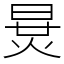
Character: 𣇪